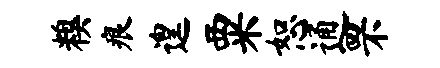
糗痕遑粟恕通罘